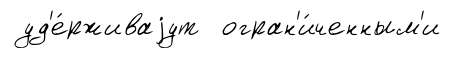
уд'е́рживаjут огран'и́ченным'и